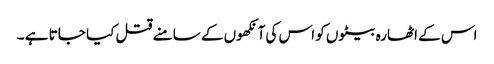
اس کے اٹھارہ بیٹوں کو اس کی آنکھوں کے سامنے قتل کیا جاتا ہے ۔